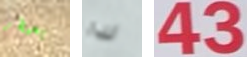
يسيطر لذا 4